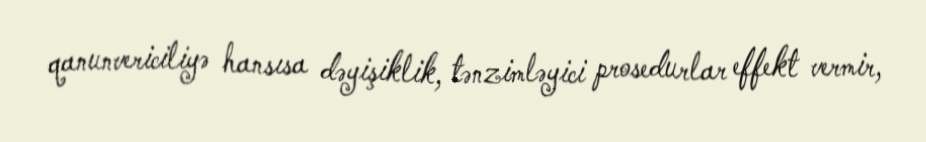
qanunvericiliyə hansısa dəyişiklik, tənzimləyici prosedurlar effekt vermir,